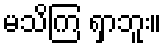
မသိကြ ရှာဘူး။